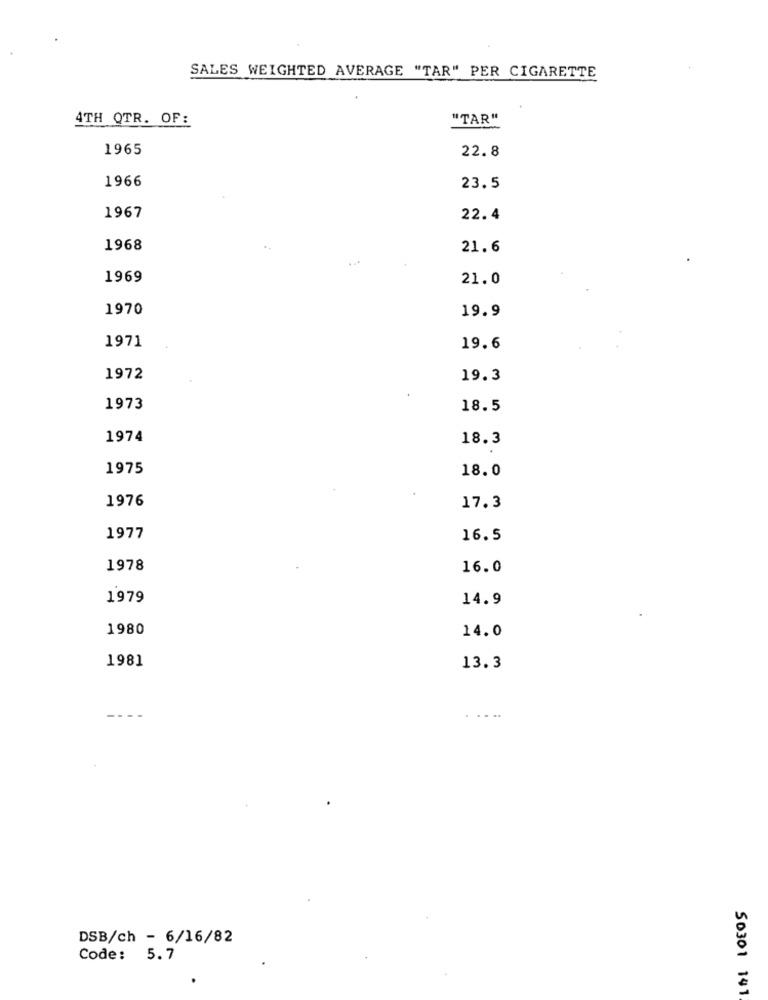
SALES WEIGHTED AVERAGE "TAR" PER CIGARETTE
4TH QTR. OF:
"TAR"
1965
22.8
1966
23.5
1967
22.4
1968
21.6
1969
21.0
1970
19.9
1971
19.6
1972
19.3
1973
18.5
1974
18.3
1975
18.0
1976
17.3
1977
16.5
1978
16.0
1979
14.9
1980
14.0
1981
13.3
---
DSB/ch - 6/16/82
Code: 5.7
S0301 141